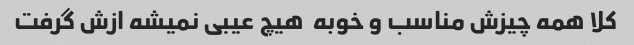
کلا همه چیزش مناسب و خوبه  هیچ عیبی نمیشه ازش گرفت